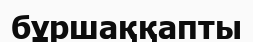
бұршаққапты